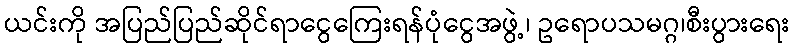
ယင်းကို အပြည်ပြည်ဆိုင်ရာငွေကြေးရန်ပုံငွေအဖွဲ့၊ ဥရောပသမဂ္ဂ၊စီးပွားရေး